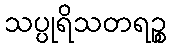
သပ္ပုရိသတရဉ္စ